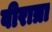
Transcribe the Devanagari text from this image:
वीरात्रा